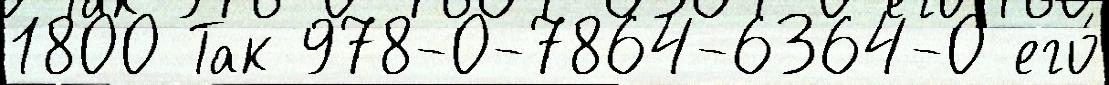
1800 Так 978-0-7864-6364-0 его́